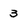
Character: 3